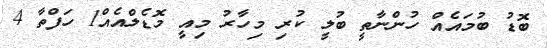
ބޮޑު ބުމައެއް ހުންނާތީ ބުލީ ކުރި މިހާރު މިއީ މޮޑެލްއެއް1 ހަފްތާ 4